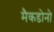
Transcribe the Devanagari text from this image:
मैकडोनो